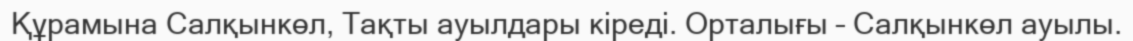
Құрамына Салқынкөл, Тақты ауылдары кіреді. Орталығы – Салқынкөл ауылы.